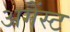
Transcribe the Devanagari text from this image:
अगेंस्‍ट